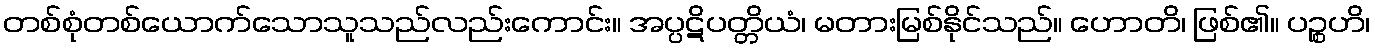
တစ်စုံတစ်ယောက်သောသူသည်လည်းကောင်း။ အပ္ပဋိပတ္တိယံ၊ မတားမြစ်နိုင်သည်။ ဟောတိ၊ ဖြစ်၏။ ပဉ္စဟိ၊